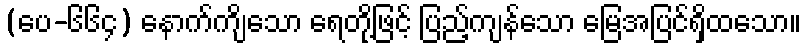
(ပေ-၆၆၄) နောက်ကျိသော ရေတို့ဖြင့် ပြည့်ကျန်သော မြေအပြင်ရှိထသော။